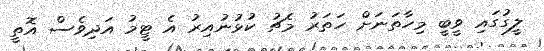
ލީގުގައި ވީބީ މިހާތަނަށް ހަތަރު މެޗު ކުޅުނުއިރު އެ ޓީމު އަދިވެސް އޮތީ